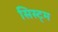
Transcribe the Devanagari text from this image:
सिस्ट्म